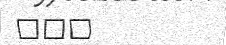
١٠٧